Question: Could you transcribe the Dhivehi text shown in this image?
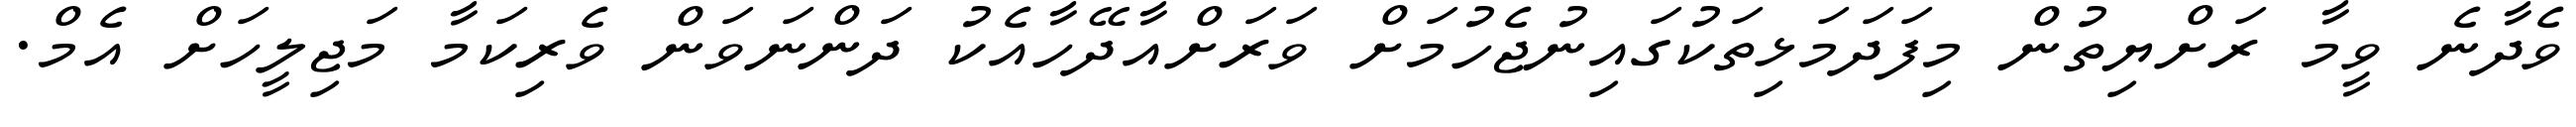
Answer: ވެދާނެ ވީމާ ރަށްޔިތުން މިފަދަމަޅިތަކުގައިނުޖެހުމަށް ވަރަށްއާދޭހާއެކު ދަންނަވަން ވެރިކަމާ މަޖިލީހަށް އެމް.